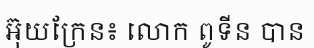
អ៊ុយក្រែន៖ លោក ពូទីន បាន